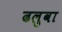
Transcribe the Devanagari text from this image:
ढलुवा